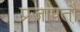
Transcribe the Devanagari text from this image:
प्रजापतौ